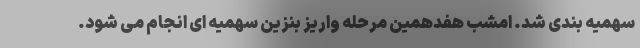
سهمیه بندی شد. امشب هفدهمین مرحله واریز بنزین سهمیه ای انجام می شود.